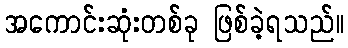
အကောင်းဆုံးတစ်ခု ဖြစ်ခဲ့ရသည်။